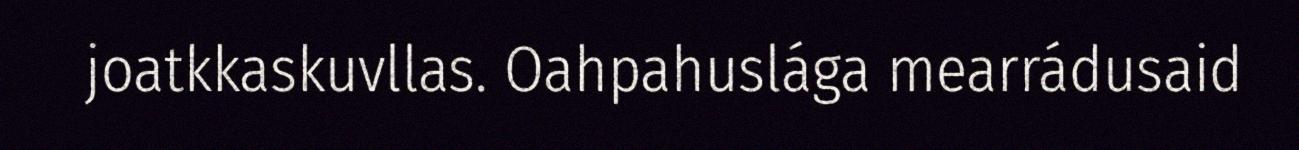
joatkkaskuvllas. Oahpahuslága mearrádusaid